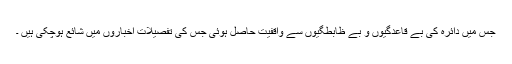
جس میں دائرہ کی بے قاعدگیوں و بے ظابطگیوں سے واقفیت حاصل ہوئی جس کی تفصیلات اخباروں میں شائع ہوچکی ہیں ۔